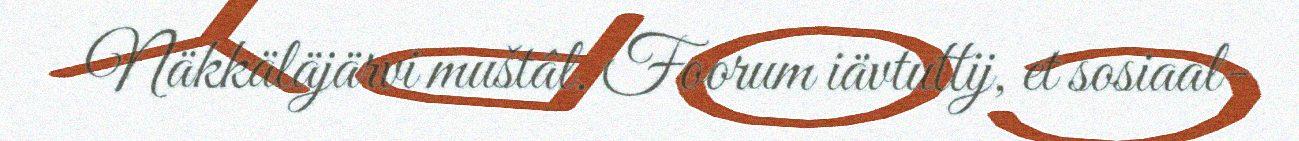
Näkkäläjärvi muštâl. Foorum iävtuttij, et sosiaal-